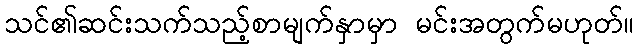
သင်၏ဆင်းသက်သည့်စာမျက်နှာမှာ မင်းအတွက်မဟုတ်။